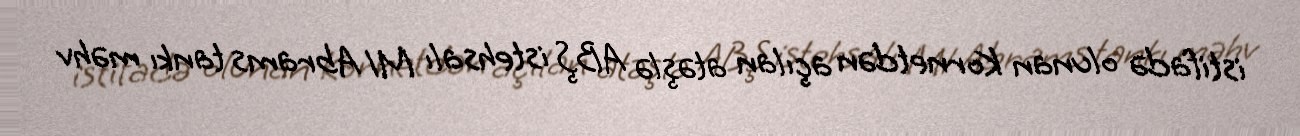
istifadə olunan Kornetdən açılan atəşlə ABŞ istehsalı M1 Abrams tankı məhv